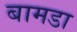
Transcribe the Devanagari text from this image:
बामडा